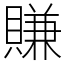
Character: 賺